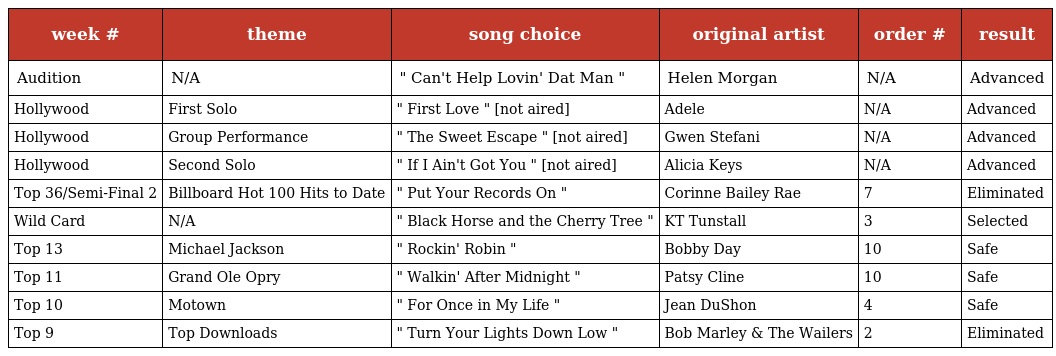
| week # | theme | song choice | original artist | order # | result |
 | --- | --- | --- | --- | --- | --- |
 | Audition | N/A | " Can't Help Lovin' Dat Man " | Helen Morgan | N/A | Advanced |
 | Hollywood | First Solo | " First Love " [not aired] | Adele | N/A | Advanced |
 | Hollywood | Group Performance | " The Sweet Escape " [not aired] | Gwen Stefani | N/A | Advanced |
 | Hollywood | Second Solo | " If I Ain't Got You " [not aired] | Alicia Keys | N/A | Advanced |
 | Top 36/Semi-Final 2 | Billboard Hot 100 Hits to Date | " Put Your Records On " | Corinne Bailey Rae | 7 | Eliminated |
 | Wild Card | N/A | " Black Horse and the Cherry Tree " | KT Tunstall | 3 | Selected |
 | Top 13 | Michael Jackson | " Rockin' Robin " | Bobby Day | 10 | Safe |
 | Top 11 | Grand Ole Opry | " Walkin' After Midnight " | Patsy Cline | 10 | Safe |
 | Top 10 | Motown | " For Once in My Life " | Jean DuShon | 4 | Safe |
 | Top 9 | Top Downloads | " Turn Your Lights Down Low " | Bob Marley & The Wailers | 2 | Eliminated |